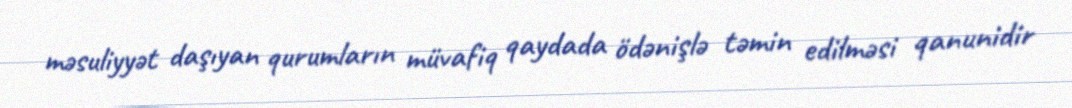
məsuliyyət daşıyan qurumların müvafiq qaydada ödənişlə təmin edilməsi qanunidir